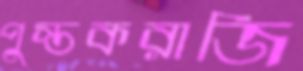
পুস্তকরাজি